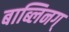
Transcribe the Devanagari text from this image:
बाब्लिनग्